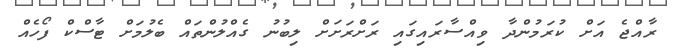
ރާއްޖެ އަށް ކުރަމުންދާ ވިއްސާރައިގައި ރަށްރަށަށް ލިބުނު ގެއްލުންތައް ބެލުމަށް ޓާސްކް ފޯހެއް